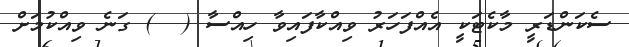
ސެކަންޑަރީ މާކެޓަކީ އެއްފަހަރު ވިއްކާފައިވާ ހިއްސާ (  ) ގަނެ ވިއްކުމަށް